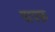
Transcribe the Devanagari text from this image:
पापफ़